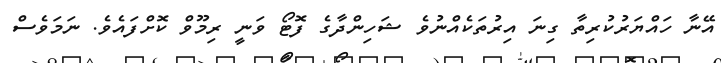
އޭނާ ހައްޔަރުކުރިތާ ގިނަ އިރުތަކެއްނުވެ ޝަހިންދާގެ ފޮޓޯ ވަނީ ރިމޫވް ކޮށްފައެވެ. ނަމަވެސް